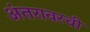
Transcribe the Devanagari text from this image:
अंतरावरची